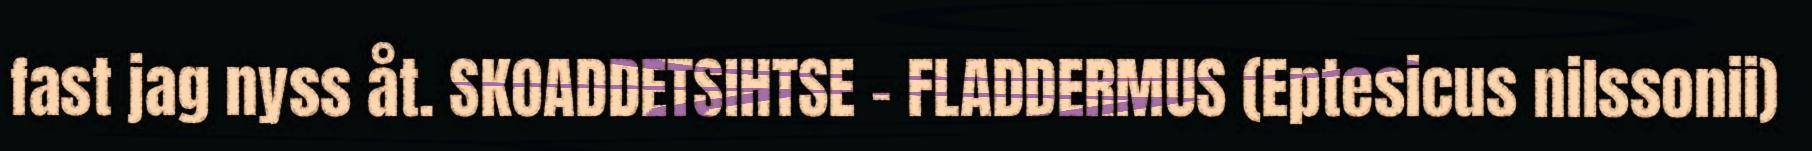
fast jag nyss åt. SKOADDETSIHTSE - FLADDERMUS (Eptesicus nilssonii)